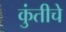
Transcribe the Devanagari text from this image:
कुंतीचे